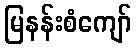
မြနန်းစံကျော်